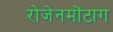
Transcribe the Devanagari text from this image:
रोजेनमोंटाग